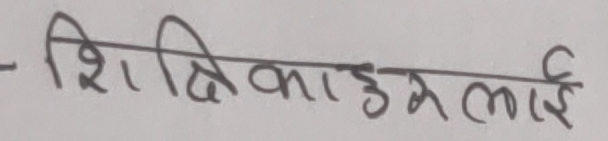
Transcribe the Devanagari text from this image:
शिक्षिकाहरूलाई